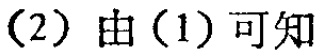
（2）由（1）可知